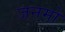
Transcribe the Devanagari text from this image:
जनमो